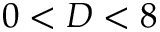
0 < D < 8